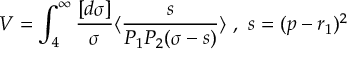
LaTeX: V = \int _ { 4 } ^ { \infty } \frac { [ d \sigma ] } { \sigma } \langle \frac { s } { P _ { 1 } P _ { 2 } ( \sigma - s ) } \rangle ~ , ~ s = ( p - r _ { 1 } ) ^ { 2 }